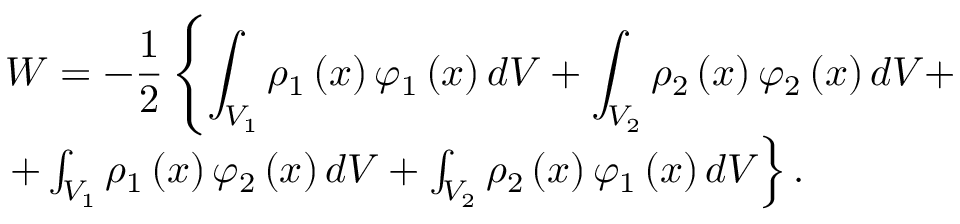
\begin{array} { l c l } { W = - \displaystyle \frac { 1 } { 2 } \left\lbrace \int _ { V _ { 1 } } \rho _ { 1 } \left( x \right) \varphi _ { 1 } \left( x \right) d V + \int _ { V _ { 2 } } \rho _ { 2 } \left( x \right) \varphi _ { 2 } \left( x \right) d V + \right. } \\ { \left. + \int _ { V _ { 1 } } \rho _ { 1 } \left( x \right) \varphi _ { 2 } \left( x \right) d V + \int _ { V _ { 2 } } \rho _ { 2 } \left( x \right) \varphi _ { 1 } \left( x \right) d V \right\rbrace . } \end{array}